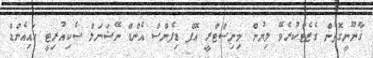
ޤާނޫނީގޮތުން ގެޒެޓްކުރެވޭ ލިޔުން މިނިސްޓްރީ އޮފް ޑިފެންސް އެންޑް ނޭޝަނަލް ސެކިއުރިޓީ ހައިއެންޑް